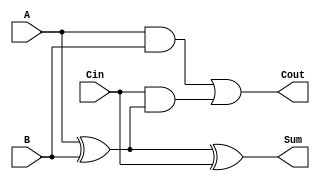
module FullAdder (
    input wire A,      // Input bit A
    input wire B,      // Input bit B
    input wire Cin,    // Carry input
    output wire Sum,   // Sum output
    output wire Cout   // Carry output
);
    assign Sum = A ^ B ^ Cin;               // Sum calculation
    assign Cout = (A & B) | (Cin & (A ^ B)); // Carry calculation
endmodule